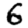
Digit: 6